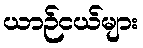
ယာဉ်ငယ်များ